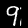
Digit: 9